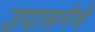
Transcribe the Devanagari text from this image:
उपासनेचे